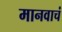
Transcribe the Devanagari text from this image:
मानवाचं